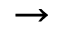
\rightarrow